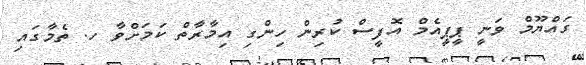
ގައްޔޫމް ވަނީ ޕީޕީއެމް އޮފީސް ކުރިން ހިންގި އިމާރާތް ކަމަށްވާ ހ. ތެމާގައި